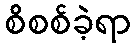
စိစစ်ခဲ့ရာ